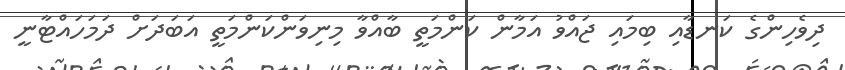
ދިވެހިންގެ ކަނޑާއި ބިމައި ޖައްވު އަމާން ކަންމަތީ ބާއްވާ މިނިވަންކަންމަތީ އަބަދަށް ދަމަހައްޓާނީ